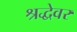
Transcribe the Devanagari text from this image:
श्रद्धेवर